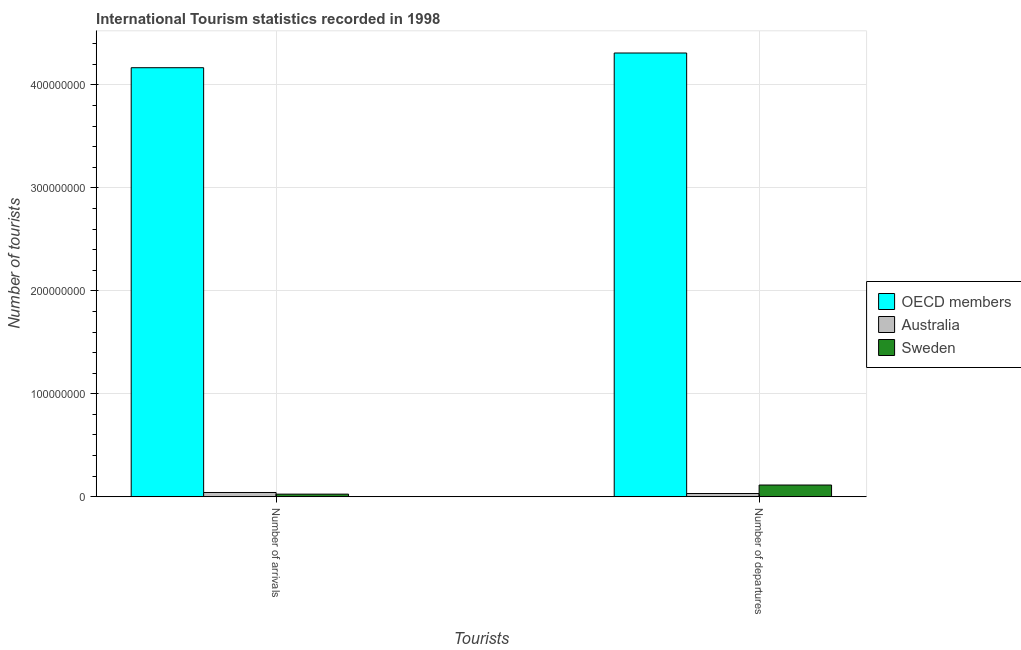
| Tourists | OECD members | Australia | Sweden |
 | --- | --- | --- | --- |
 | Number of arrivals | 4.17e+08 | 4.17e+06 | 2.57e+06 |
 | Number of departures | 4.31e+08 | 3.16e+06 | 1.14e+07 |